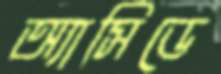
অ্যাসিডে